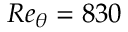
R e _ { \theta } = 8 3 0